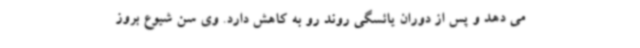
می دهد و پس از دوران یائسگی روند رو به کاهش دارد. وی سن شیوع بروز